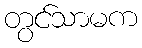
တွင်သာမက